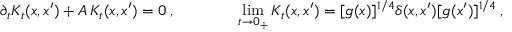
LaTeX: \partial _ { t } K _ { t } ( x , x ^ { \prime } ) + A \, K _ { t } ( x , x ^ { \prime } ) = 0 \: , \qquad \qquad \operatorname * { l i m } _ { t \to 0 _ { + } } K _ { t } ( x , x ^ { \prime } ) = [ g ( x ) ] ^ { 1 / 4 } \delta ( x , x ^ { \prime } ) [ g ( x ^ { \prime } ) ] ^ { 1 / 4 } \: ,